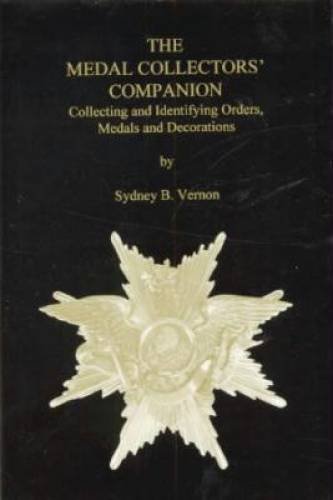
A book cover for The Medal Collectors' Companion: Collecting and Identifying Orders, Medals and Decorations; Sydney B. Vernon; Crafts, Hobbies & Home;